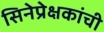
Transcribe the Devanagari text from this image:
सिनेप्रेक्षकांची